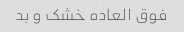
فوق العاده خشک و بد